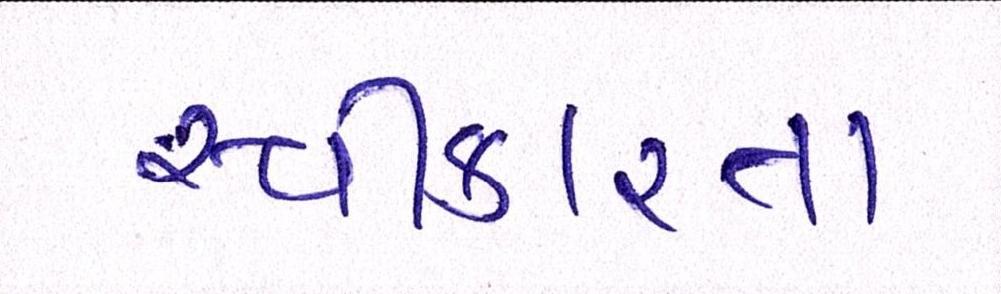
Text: સ્વીકારતા